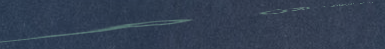
أروع فساتين الزفاف الآن م